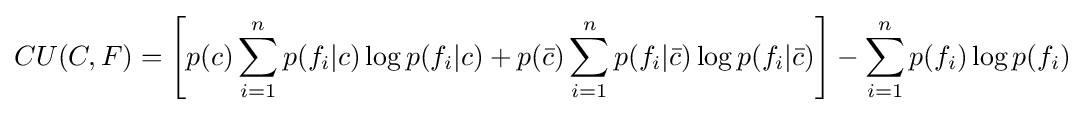
CU(C,F)=\left[p(c)\sum _{i=1}^{n}p(f_{i}|c)\log p(f_{i}|c)+p({\bar {c}})\sum _{i=1}^{n}p(f_{i}|{\bar {c}})\log p(f_{i}|{\bar {c}})\right]-\sum _{i=1}^{n}p(f_{i})\log p(f_{i})